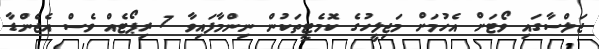
ޖަލްސާގައި ވޯޓަށް އެހުމަށް މަޖިލީހުގެ ކޮމެޓީތަކުން ނިންމާފައިވާ 7 ރިޕޯޓެއް ވެސް އެޖެންޑާ